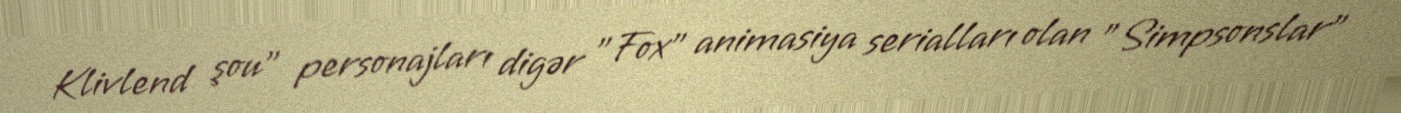
Klivlend şou" personajları digər "Fox" animasiya serialları olan "Simpsonslar"